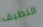
النظيف